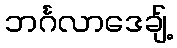
ဘင်္ဂလာဒေချ့်